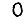
Digit: 0